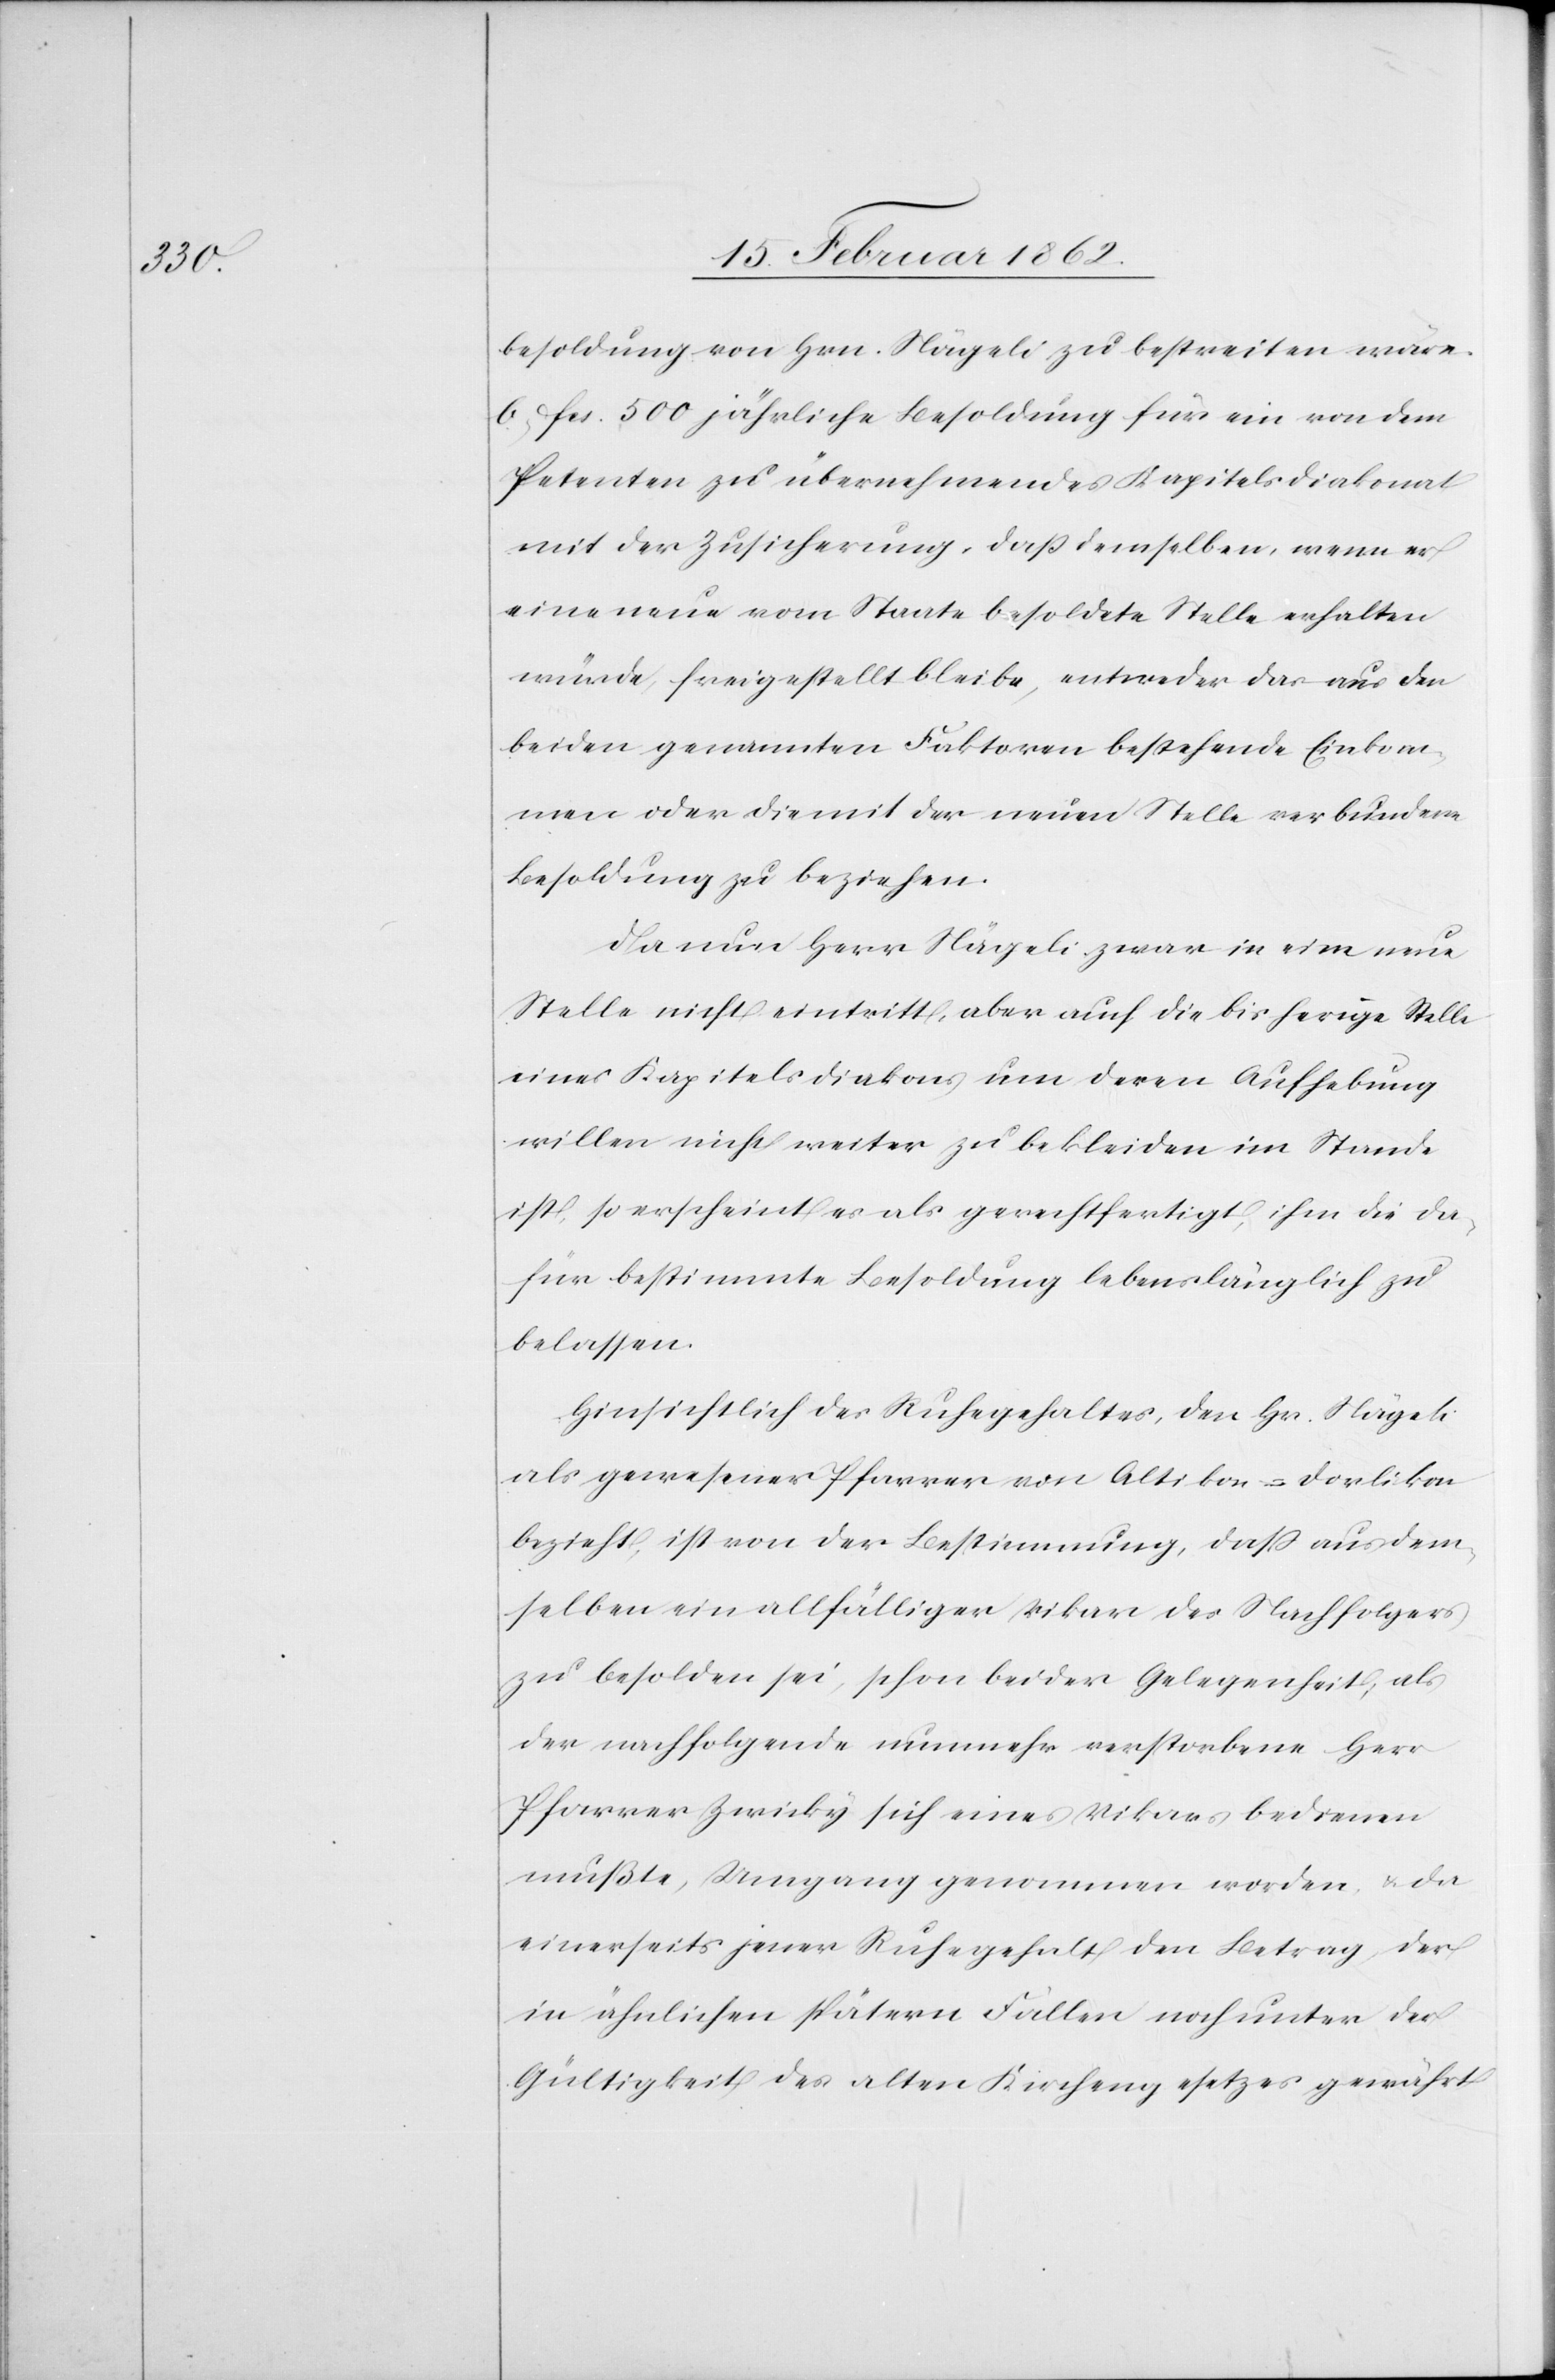
besoldung von Hrn. Nägeli zu bestreiten wäre.
b) Fcs. 500 jährliche Besoldung für ein von dem
Petenten zu übernehmendes Kapitelsdiakonat
mit der Zusicherung, daß demselben, wenn er
eine neue vom Staate besoldete Stelle erhalten
würde, frei gestellt bleibe, entweder das aus den
beiden genannten Faktoren bestehende Einkom¬
men oder die mit der neuen Stelle verbundene
Besoldung zu beziehen.
Da nun Herr Nägeli zwar in eine neue
Stelle nicht eintritt, aber auch die bisherige Stelle
eines Kapitelsdiakons um deren Aufhebung
willen nicht weiter zu bekleiden im Stande
ist, so erscheint es als gerechtfertigt, ihm die da¬
für bestimmte Besoldung lebenslänglich zu
belassen.
Hinsichtlich des Ruhegehaltes, den Hr. Nägeli
als gewesener Pfarrer von Altikon-Dorlikon
bezieht, ist von der Bestimmung, daß aus dem¬
selben ein allfälliger Vikar des Nachfolgers
zu besolden sei, schon bei der Gelegenheit, als
der nachfolgende nunmehr verstorbene Herr
Pfarrer Zwicky sich eines Vikars bedienen
mußte, Umgang genommen worden, u. da
einerseits jener Ruhegehalt den Betrag der
in ähnlichen spätern Fallen [sic!] noch unter der
Gültigkeit des alten Kirchengesetzes gewährt